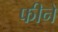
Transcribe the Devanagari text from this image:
फीने